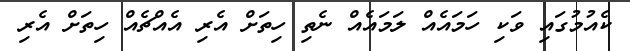
ކެއުމުގައި ވަކި ހަމައެއް ލަމައެއް ނެތި ހިތަށް އެރި އެއްޗެއް ހިތަށް އެރި